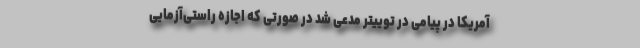
آمریکا در پیامی در توییتر مدعی شد در صورتی که اجازه راستی‌آزمایی